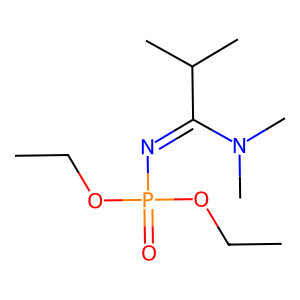
SMILES: CCOP(=O)(N=C(C(C)C)N(C)C)OCC
Inhibits HIV replication: No